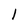
Character: 1